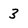
Character: 3